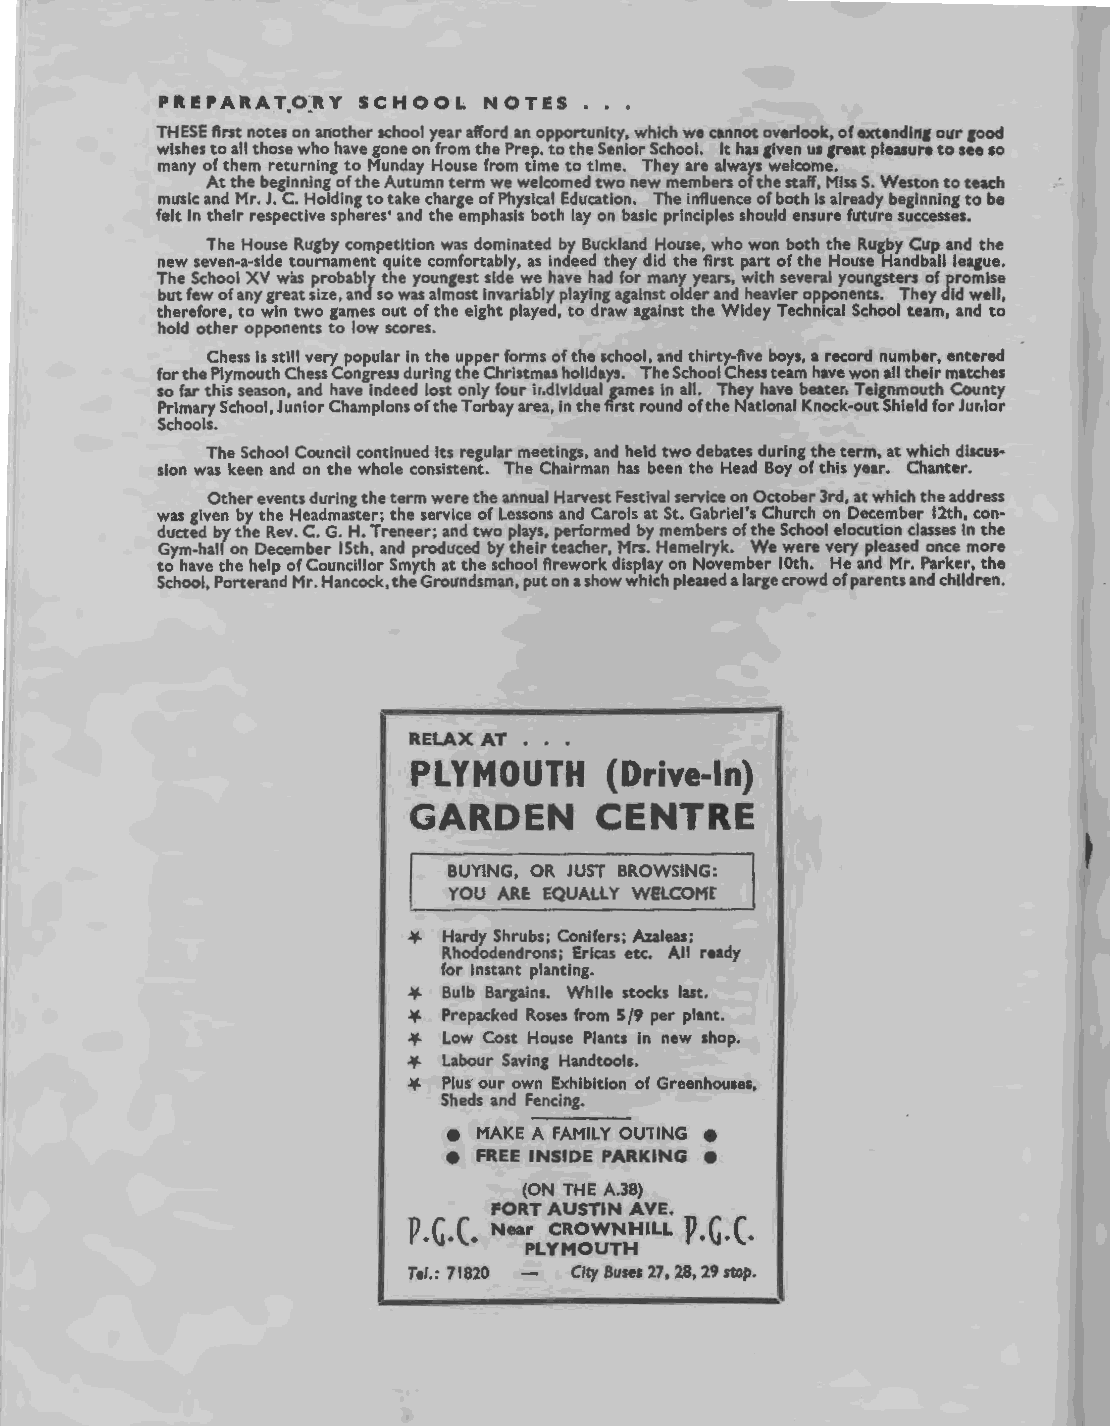
PIll! PAR A T.O~R Y S C H 0 0 L N 0 T E S • • •
 THESE first notes on another school year afford an opportunity, which we cannot overlook, of extendinf our fOOd
 wishes to all those who have gone on from the Prep. to the Senior School. It has given us &reat pleasure to see so
 many of them returning to Munday House from time to time. They are always welcome.
 At the beginning of the Autumn term we welcomed two new members of the staff, Miss S. Weston to teach
 music and Mr. J. C. Holding to take charge of Physical Education. The influence of both is already beginning to be
 felt in their respective spheres' and the emphasis both lay on basic principles should ensure future successes.
 The House Rugby competition was dominated by Buckland House, who won both the Rugby Cup and the
 new seven-a-side tournament quite comfortably, as indeed they did the first part of the House Handball league.
 The School XV was probably the youngest side we have had for many years, with several youngsters of promise
 but few of any great size, and so was almost invariably playing against older and heavier opponents. They did well,
 therefore, to win two games out of the eight played, to draw against the Widey Technical School team, and to
 hold other opponents to low scores.
 Chess is still very popular in the upper forms of the school, and thirty-five boys, a record number, entered
 for the Plymouth Chess Congress during the Christmas holidays. The School Chess team have won all their matches
 so far this season, and have indeed lost only four ir.dividual games in all. They have beater. Teignmouth County
 Primary School, Junior Champions of the Torbay area, in the first round ofthe National Knock-out Shield for Jur.ior
 Schools.
 The School Council continued its regular meetings, and held two debates during the term, at which discus
 sion was keen and on the whole consistent. The Chairman has been the Head Boy of this year. Chanter.
 Other events during the term were the annual Harvest Festival service on October 3rd, at which the address
 was given by the Headmaster; the service of Lessons and Carols at St. Gabriel's Church on December 12th, con
 ducted by the Rev. C. G. H. Treneer; and two plays, performed by members ofthe School elocution classes in the
 Gym-hall on December 15th, and produced by their teacher, Mrs. Hemelryk. We were very pleased once more
 to have the help of Councillor Smyth at the school firework display on November lOth. He and Mr. Parker, the
 School, Porterand Mr. Hancock, the Groundsman, put on a show which pleased a large crowd of parents and children.
 RELAX AT •••
 PLYMOUTH     (Drive-In)
 GARDEN      CENTRE
 BUYING, OR JUST BROWSING:
 YOU ARE: EQUALLY WELCOM[
 -¥- Hardy Shrubs; Conifers; Azaleas;
 Rhododendrons; Ericas etc. All ready
 for instant planting.
 -¥- Bulb Bargains. While stocks last.
 -¥- Prepacked Roses from 5/9 per plant.
 -¥- Low Cost House Plants in new shop.
 -¥- Labour Saving Handtools.
 -¥- Plus· our own Exhibition of Greenhouses,
 Sheds and Fencing.
 e MAKE A FAMILY OUTING e
 e FREE INSIDE PARKING e
 (ON THE A.38)
 p.G .C. FORT AUSTIN AVE. P.G.(.
 Near CROWNHILL
 PLYMOUTH
 Tel.: 71820 City Buses 27, 28, 29 stap.